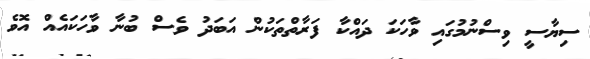
ސިޔާސީ ވިސްނުމުގައި ވާހަކަ ދައްކާ ފަރާތްތަކުން އަބަދު ވެސް ބުނާ ވާހަކައެއް އޮވެ